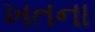
ખતના